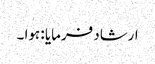
ارشاد فرمایا : ہوا ۔